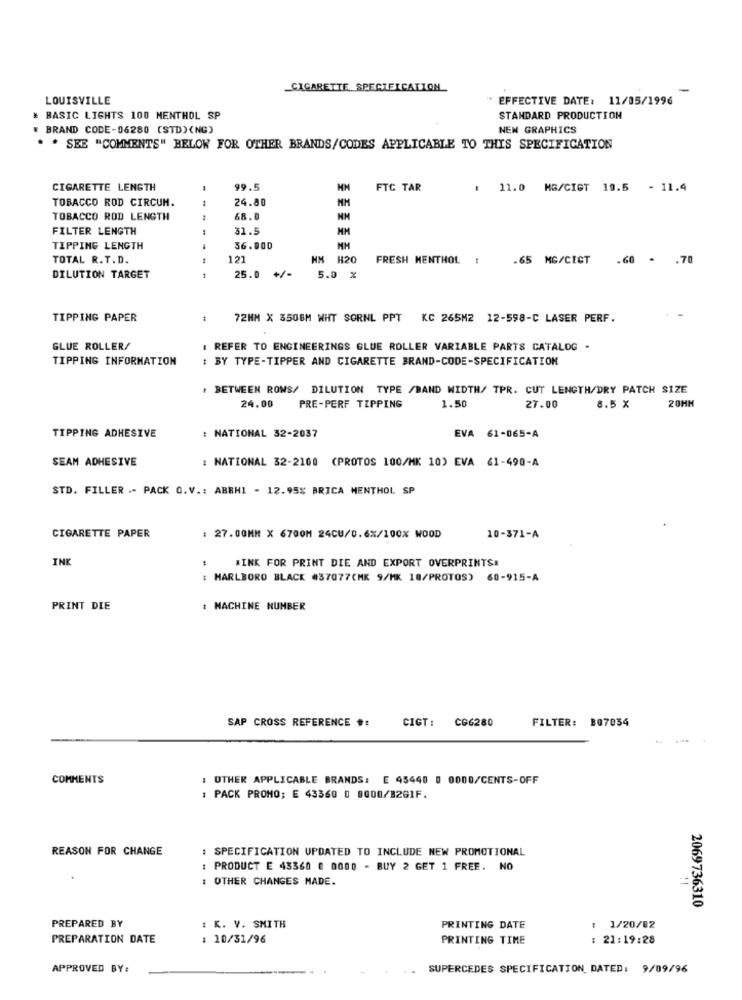
CIGARETTE SPECIFICATION
-
LOUISVILLE
EFFECTIVE DATE: 11/05/1996
# BASIC LIGHTS 100 MENTHOL SP
STANDARD PRODUCTION
BRAND CODE-06280 (STD)(NG)
NEN GRAPHICS
* * SEE "COMMENTS" BELOW FOR OTHER BRANDS/CODES APPLICABLE TO THIS SPECIFICATION
CIGARETTE LENGTH
99.5
FTC TAR
1 11.0 MG/CIGT 19.5 - 11.4
TOBACCO ROD CIRCUM.
24.80
TOBACCO ROD LENGTH
68.0
FILTER LENGTH
31.5
MM
TIPPING LENGTH
36.000
TOTAL R.T.D.
121
HM H20
FRESH MENTHOL !
.65 MG/CECT .60 - . 70
DILUTION TARGET
25.0 +/-
5.0 %
TIPPING PAPER
72MM X 3506M WHT SORNL PPT KC 265M2 12-598-C LASER PERF.
GLUE ROLLER/
1 REFER TO ENGINEERINGS GLUE ROLLER VARIABLE PARTS CATALOG -
TIPPING INFORMATION
: BY TYPE-TIPPER AND CIGARETTE BRAND-CODE-SPECIFICATION
. BETWEEN ROWS/ DILUTION TYPE /BAND WIDTH/ TPR. CUT LENGTH/DRY PATCH SIZE
24.00
PRE-PERF TIPPING
1.50
27.00
8.5 X
20HM
TIPPING ADHESIVE
: NATIONAL 32-2037
EVA 61-065-A
SEAM ADHESIVE
: NATIONAL 32-2100 (PROTOS 100/MK 10) EVA 61-490-A
STD. FILLER .- PACK O.V .: ABBHI - 12.95% BRICA MENTHOL SP
CIGARETTE PAPER
: 27.00MM X 6700M 24CU/0.6%/100% WOOD
10-371-A
INK
MINK FOR PRINT DIE AND EXPORT OVERPRINTS#
: MARLBORO BLACK #37077CMK 9/MK 18/PROTOS) 60-915-A
PRINT DIE
: MACHINE NUMBER
SAP CROSS REFERENCE #:
FILTER: 807034
CIGT: CG6280
..
COMMENTS
: OTHER APPLICABLE BRANDS: E 45440 0 0000/CENTS-OFF
: PACK PROMO; E 43360 0 8000/3261F.
REASON FOR CHANGE
: SPECIFICATION UPDATED TO INCLUDE NEW PROMOTIONAL
: PRODUCT E 43360 0 0000 - BUY 2 GET 1 FREE. NO
: OTHER CHANGES MADE.
2069736310
PREPARED BY
: K. V. SMITH
PRINTING DATE
: 1/20/02
PREPARATION DATE
: 10/31/96
PRINTING TIME
: 21:19:28
APPROVED BY:
SUPERCEDES SPECIFICATION DATED: 9/09/96